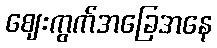
ဈေးကွက်အခြေအနေ